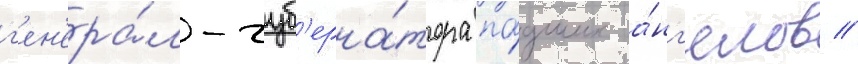
г'ен'ера́л-губ'ерна́тора па́дших а́нг'елов //